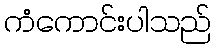
ကံကောင်းပါသည်